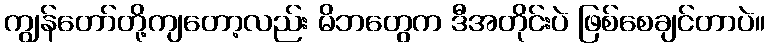
ကျွန်တော်တို့ကျတော့လည်း မိဘတွေက ဒီအတိုင်းပဲ ဖြစ်စေချင်တာပဲ။